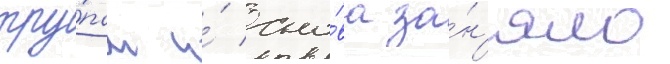
тру́пам и́ сно́ва за́н'яло